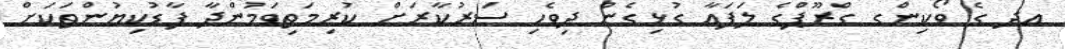
އދ ގެ ވޯކިންގ ގްރޫޕްގެ ލަފައާ ގުޅިގެން ދިވެހި ސަރުކާރަށް ކުރިމަތިވަމުންދާ ފާޑުކިޔުންތަކަށް